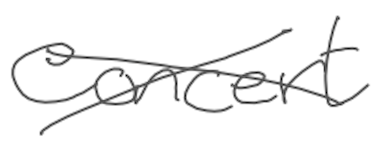
Text: concert
Cross-out: mix
Writing tool: digital_gray